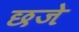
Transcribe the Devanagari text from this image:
छजे